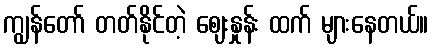
ကျွန်တော် တတ်နိုင်တဲ့ ဈေးနှုန်း ထက် များနေတယ်။